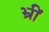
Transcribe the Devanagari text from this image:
भ्रीं